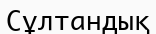
Сұлтандық